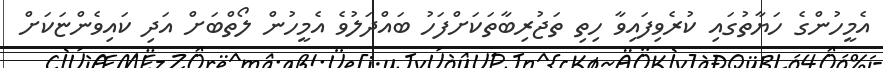
އެމީހުންގެ ހަޔާތުގައި ކުރެވިފައިވާ ހިތި ތަޖުރިބާތަކަށްފަހު ބައްދަލުވެ އެމީހުން ލޯތްބަށް އަދި ކައިވެންޏަކަށް